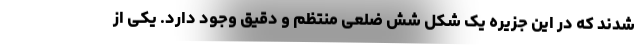
شدند که در این جزیره یک شکل شش ضلعی منتظم و دقیق وجود دارد. یکی از